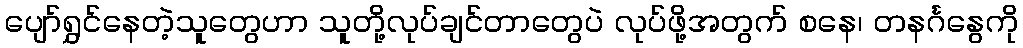
ပျော်ရွှင်နေတဲ့သူတွေဟာ သူတို့လုပ်ချင်တာတွေပဲ လုပ်ဖို့အတွက် စနေ၊ တနင်္ဂနွေကို